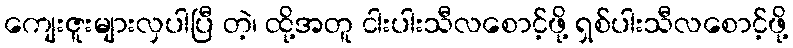
ကျေးဇူးများလှပါပြီ တဲ့၊ ထို့အတူ ငါးပါးသီလစောင့်ဖို့ ရှစ်ပါးသီလစောင့်ဖို့